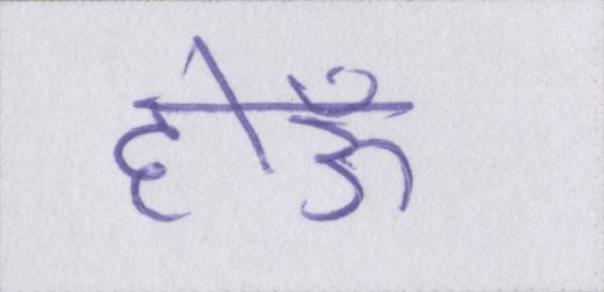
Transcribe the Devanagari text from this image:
होऊँ